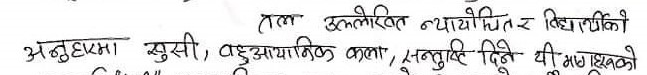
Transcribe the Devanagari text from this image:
अनुहारमा खुसी, बहुआयामिक कला, सन्तुष्टि दिने यी माध्यमको